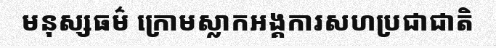
មនុស្សធម៌ ក្រោមស្លាកអង្គការសហប្រជាជាតិ